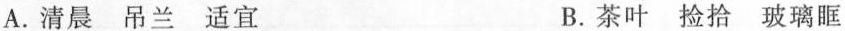
A.清晨 吊兰 适宜 B.茶叶 捡拾 玻璃眶